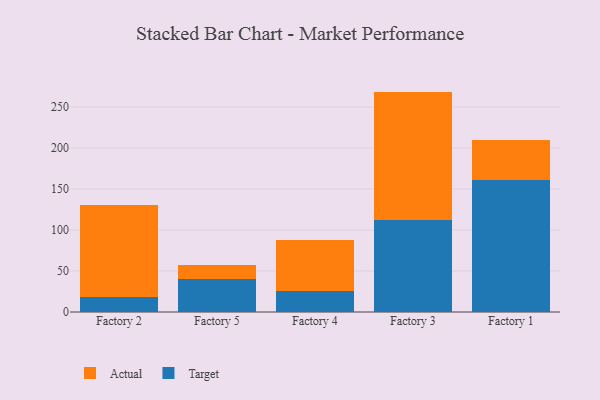
{"axis": {"x": "Factory", "y": "Temperature (°C)"}, "legend": ["Actual", "Target"], "data": [{"x": "Factory 2", "y": 18.7, "type": "Target"}, {"x": "Factory 2", "y": 111.6, "type": "Actual"}, {"x": "Factory 5", "y": 40.6, "type": "Target"}, {"x": "Factory 5", "y": 17.3, "type": "Actual"}, {"x": "Factory 4", "y": 25.9, "type": "Target"}, {"x": "Factory 4", "y": 61.4, "type": "Actual"}, {"x": "Factory 3", "y": 111.9, "type": "Target"}, {"x": "Factory 3", "y": 156.8, "type": "Actual"}, {"x": "Factory 1", "y": 160.9, "type": "Target"}, {"x": "Factory 1", "y": 49.2, "type": "Actual"}]}